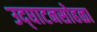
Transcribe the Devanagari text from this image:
उद्‌घाटनसोहळा